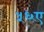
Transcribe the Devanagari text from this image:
५६ए